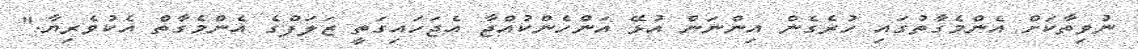
ނުވިތާކަށް އެންމެގާތުގައި ހުރެގެން އިންނަން އުޅޭ އަންހެންކުއްޖާ އެޖަހައިގަތީ ޒަލަފްގެ އެންމެގާތް އެކުވެރިޔާ."